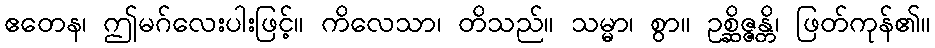
ဧတေန၊ ဤမဂ်လေးပါးဖြင့်။ ကိလေသာ၊ တိသည်။ သမ္မာ၊ စွာ။ ဥစ္ဆိဇ္ဇန္တိ၊ ဖြတ်ကုန်၏။